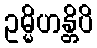
ဥမ္မိဟန္တိပိ